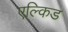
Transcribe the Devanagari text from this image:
एल्किड